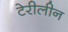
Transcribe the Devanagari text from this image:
टेरीलीन